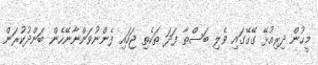
މީހުން ދިރިއުޅޭ ގޭގޭގައި ވެލި ބަސްތާ ފަދަ ތަކެތި ޖަހައި ފެންނުވަންނާނޭހެން ބަންދުކުރަން